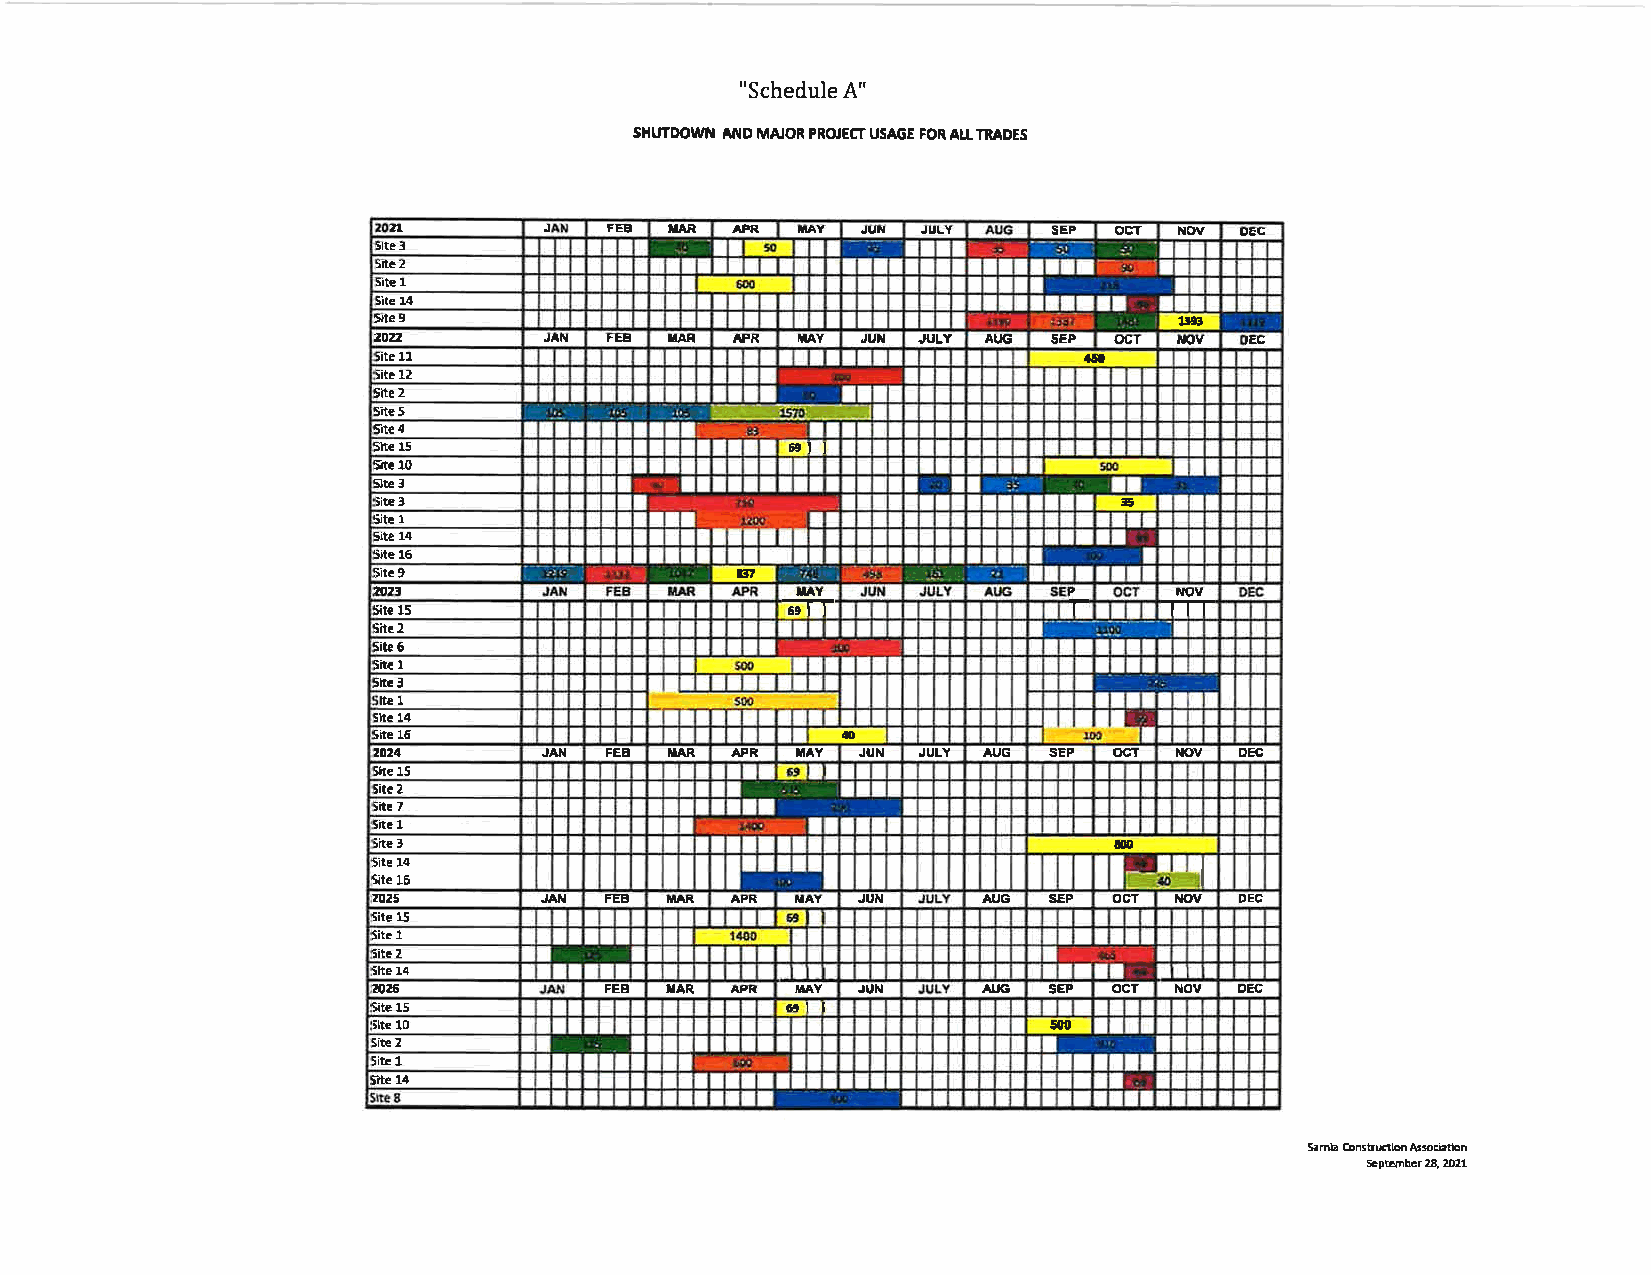
"Schedule A"
 SHI'TDOWT{ ANO MAJOR PROJECT USAGE FOR AtL TNADES
 t1        J   FEB XAR APR  TAY JUN JULY     SEP ocT NOV oE6
 Slte ll
 Sitc 2
 site 1
 She 14
 5lte 9                                               1r!*l
 20:a       JAN FEE TAR  APR TAY JUl{ JT'LY AT.lG 5EP flgr rsgv tEc
 ;ite 11                                        a5e
 iitr 12
 Sita 2
 Sitc S
 Site 4
 5h€ 15                     6eI I
 Vte lO
 Site 3
 iite 3                                           i5
 5it! 1
 Site 14
 Site 16
 in
 Sitc 9
 [t:                         IXAY              Pr     NOV
 fite 15                    59 I I
 iit! 2
 Site 6
 sit. 1
 Sltr 3             I
 Ite 1
 Slte 14
 iite 16                        rn
 ,o24       JAN FEE MAR APR  ltAY JUN JULY AI.,G SEP ocr t{ov DEC
 th€ 15
 iit. 2
 itt! 7
 lit. 1
 iite 3                     *l                    t00
 Site 14                 E                           dlt
 lite 16
 rozS       JATT FEE ilAR APIt UAY JUil  AUG SEP  ocT MX' DEC
 site 15
 tit. 1
 sit. 2
 Slte 14
 n6             FEB IIAR fR  M'IY JUN    AI'G SEP ocr NOV oEc
 ;ite 15                    6rl I
 ilte 10                                      500
 Site 2
 litr 1
 iite 14
 5arnla ConltrEtlon AEsciatbo
 Scptlmber 28, Z)21